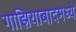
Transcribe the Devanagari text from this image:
गाझियाबादमध्ये